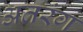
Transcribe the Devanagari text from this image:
अतरंग